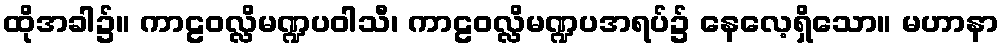
ထိုအခါ၌။ ကာဠဝလ္လိမဏ္ဍပဝါသီ၊ ကာဠဝလ္လိမဏ္ဍပအရပ်၌ နေလေ့ရှိသော။ မဟာနာ